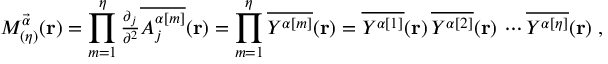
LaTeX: { \cal { M } } _ { ( \eta ) } ^ { \vec { \alpha } } ( { \bf { r } } ) = \prod _ { m = 1 } ^ { \eta } { \textstyle \frac { \partial _ { j } } { \partial ^ { 2 } } \overline { { { { \cal A } _ { j } ^ { \alpha [ m ] } } } } ( { \bf r } ) } = \prod _ { m = 1 } ^ { \eta } \overline { { { { \cal Y } ^ { \alpha [ m ] } } } } ( { \bf { r } } ) = \overline { { { { \cal Y } ^ { \alpha [ 1 ] } } } } ( { \bf { r } } ) \, \overline { { { { \cal Y } ^ { \alpha [ 2 ] } } } } ( { \bf { r } } ) \, \cdots \overline { { { { \cal Y } ^ { \alpha [ \eta ] } } } } ( { \bf { r } } ) \; ,